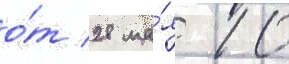
о́т 28 ма́я 10